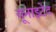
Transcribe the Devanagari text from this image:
यूनाइटेद